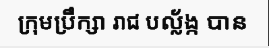
ក្រុមប្រឹក្សា រាជ បល្ល័ង្ក បាន